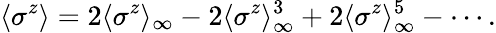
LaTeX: \langle\sigma^{z}\rangle=2\langle\sigma^{z}\rangle_{\infty}-2\langle\sigma^{z}\rangle_{\infty}^{3}+2\langle\sigma^{z}\rangle_{\infty}^{5}-\cdots.